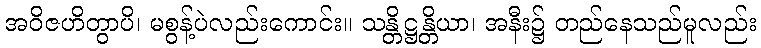
အဝိဇဟိတွာပိ၊ မစွန့်ပဲလည်းကောင်း။ သန္တိဋ္ဌန္တိယာ၊ အနီး၌ တည်နေသည်မူလည်း